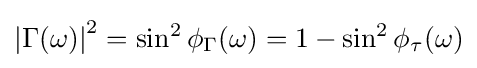
\left|\Gamma (\omega )\right|^{2}=\sin ^{2}\phi _{\Gamma }(\omega )=1-\sin ^{2}\phi _{\tau }(\omega )